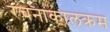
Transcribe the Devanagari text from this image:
रचनाकालक्रम